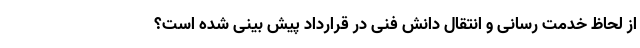
از لحاظ خدمت رسانی و انتقال دانش فنی در قرارداد پیش بینی شده است؟